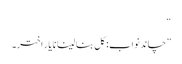
“
”چاند نواب: کل بنا لینا نا یار اختر۔